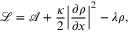
\mathcal { L } = \mathcal { A } + \frac { \kappa } { 2 } { \bigg \lvert \frac { \partial \rho } { \partial x } \bigg \lvert } ^ { 2 } - \lambda \rho ,